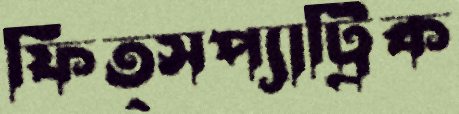
ফিত্সপ্যাট্রিক